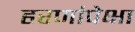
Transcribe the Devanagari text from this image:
हरणांपेक्षा